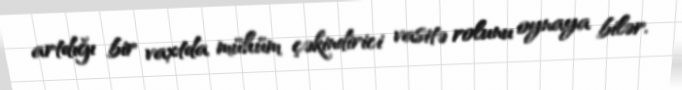
artdığı bir vaxtda mühüm çəkindirici vasitə rolunu oynaya bilər.